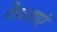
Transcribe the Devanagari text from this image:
वैधताएं